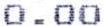
0.00